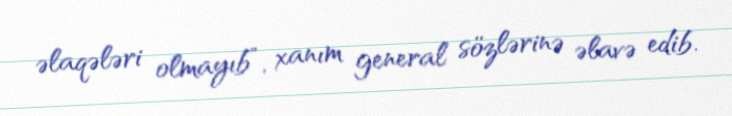
əlaqələri olmayıb”, xanım general sözlərinə əlavə edib.